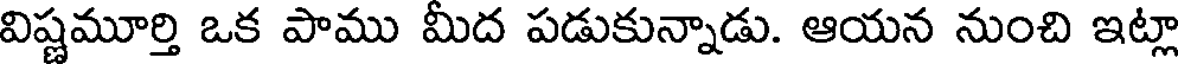
విష్ణమూర్తి ఒక పాము మీద పడుకున్నాడు. ఆయన నుంచి ఇట్లా